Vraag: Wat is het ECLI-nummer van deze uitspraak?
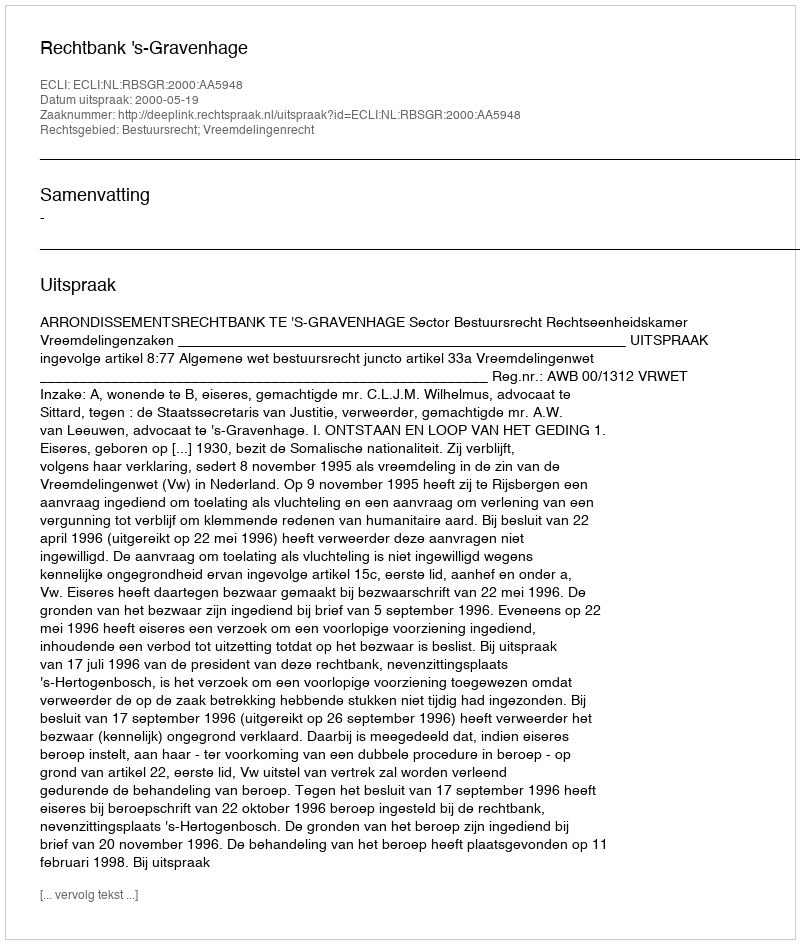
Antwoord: ECLI:NL:RBSGR:2000:AA5948